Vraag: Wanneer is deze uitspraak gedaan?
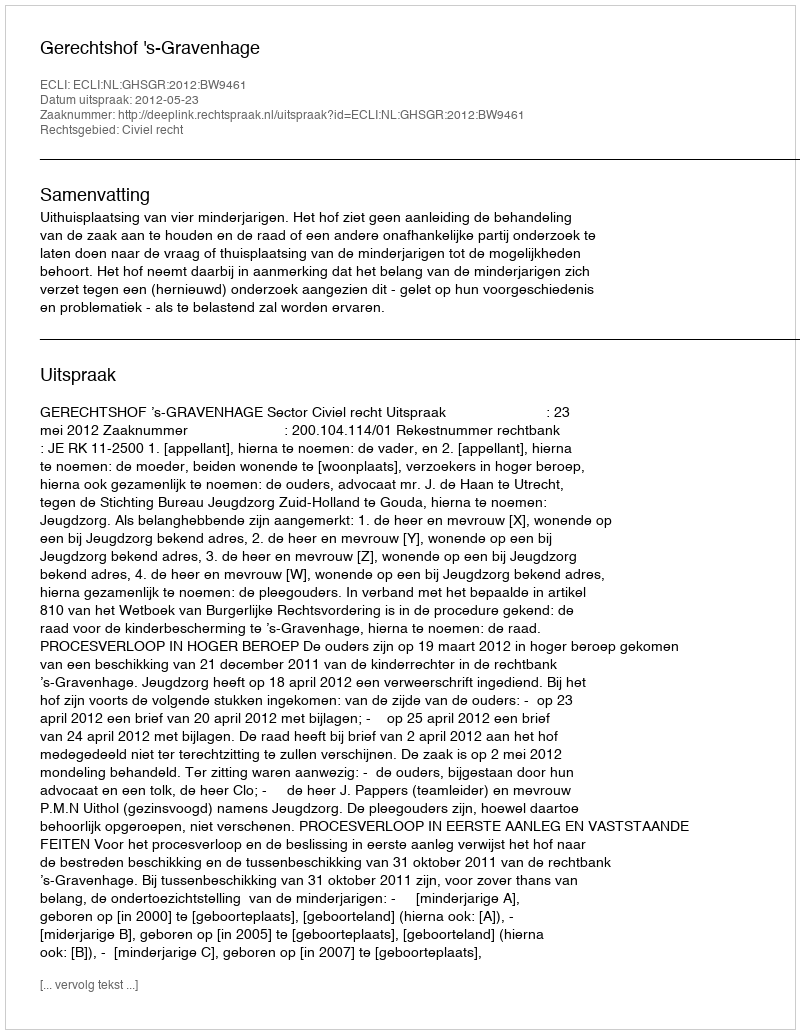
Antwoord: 2012-05-23